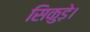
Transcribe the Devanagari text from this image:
सिकुड़े।